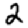
Digit: 2